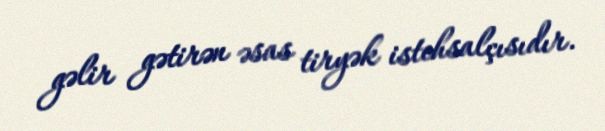
gəlir gətirən əsas tiryək istehsalçısıdır.